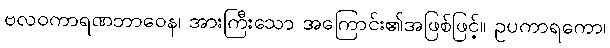
ဗလဝကာရဏဘာဝေန၊ အားကြီးသော အကြောင်း၏အဖြစ်ဖြင့်။ ဥပကာရကော၊